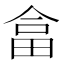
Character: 畣